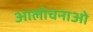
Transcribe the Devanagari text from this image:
आलोचनाओ